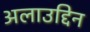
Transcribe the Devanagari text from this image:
अलाउद्दिन